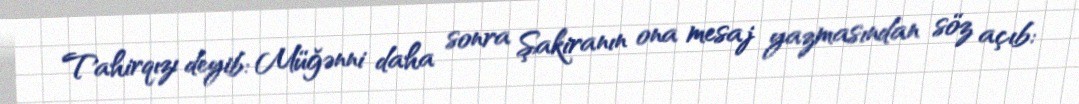
Tahirqızı deyib: Müğənni daha sonra Şakiranın ona mesaj yazmasından söz açıb: